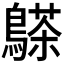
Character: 𪄦